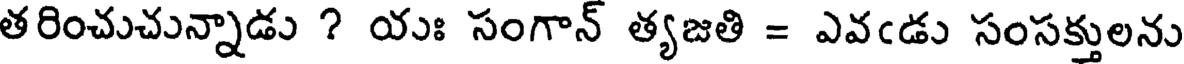
తరించుచున్నాడు ? యః సంగాన్ త్యజతి = ఎవఁడు సంసక్తులను